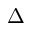
\Delta